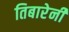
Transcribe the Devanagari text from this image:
तिबारेनी